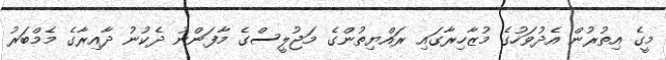
މީގެ އިތުރުން އެދުވަހުގެ މުޒާހިރާގައި ރައްޔިތުންގެ މަޖުލީސްގެ މާފަންނު ދެކުނު ދާއިރާގެ މެމްބަރު